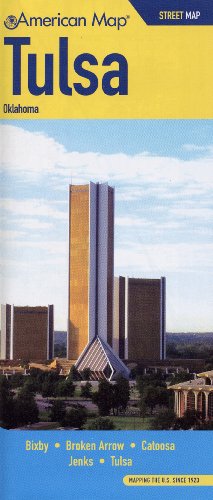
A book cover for Tulsa OK Street Map (American Map); American Map; Travel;